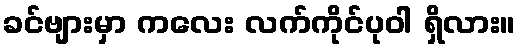
ခင်ဗျားမှာ ကလေး လက်ကိုင်ပုဝါ ရှိလား။